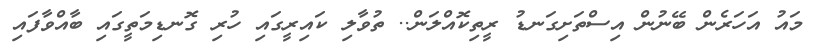
މައު އަހަރެން ބޭނުން އިސްތަށިގަނޑު ރީތިކޮއްލަން.. ތުވާލި ކައިރީގައި ހުރި ގޮނޑިމަތީގައި ބާއްވާފައި